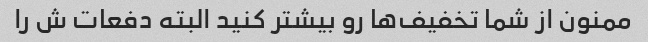
ممنون از شما تخفیف‌ها رو بیشتر کنید البته دفعات ش را